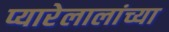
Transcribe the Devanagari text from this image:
प्यारेलालांच्या